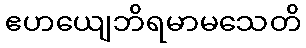
ဧဟယျေဘိရမာမသေတိ